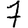
Digit: 7